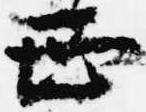
正